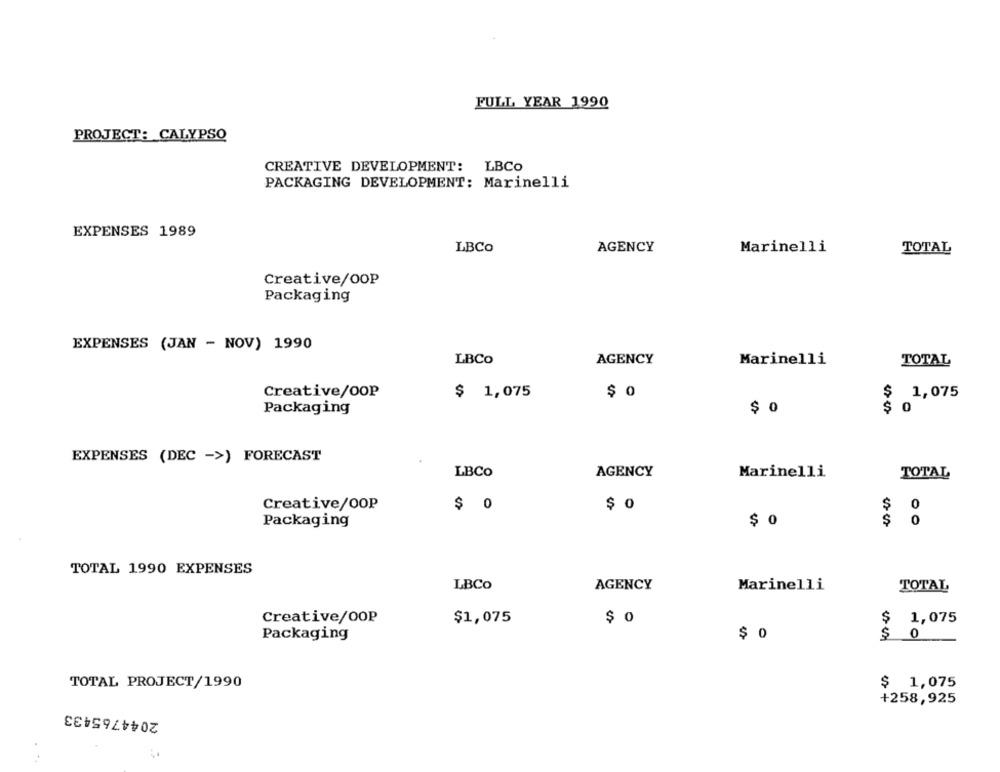
FULL YEAR 1990
PROJECT: CALYPSO
CREATIVE DEVELOPMENT: LBCO
PACKAGING DEVELOPMENT: Marinelli
EXPENSES 1989
LBCo
AGENCY
Marinelli
TOTAL
Creative/OOP
Packaging
EXPENSES (JAN - NOV) 1990
LBCo
AGENCY
Marinelli
TOTAL
Creative/00P
$ 1,075
$ 0
$
1,075
$ 0
$
0
Packaging
EXPENSES (DEC ->) FORECAST
LBCO
AGENCY
Marinelli
TOTAL
Creative/OOP
$ 0
$ 0
$
0
Packaging
$ 0
S
0
TOTAL 1990 EXPENSES
LBCo
AGENCY
Marinelli
TOTAL
Creative/OOP
$1,075
$ 0
$
1,075
Packaging
$ 0
: 0
TOTAL PROJECT/1990
$ 1,075
+258,925
2044765433
..